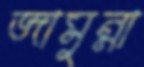
জামুন্না